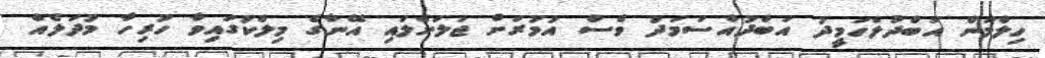
ހިލްމަން އަބްދުލްހަމީދު އަބްދުއްސަމަދު ވެސް އުމުރަށް ޖަލަށްލައި އޭނާގެ މިލްކުގައިވާ ހުރިހާ މުދަލެއް